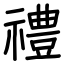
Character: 禮